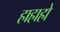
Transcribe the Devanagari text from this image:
हाहाहो